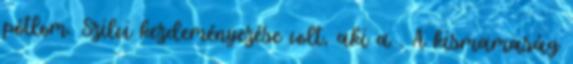
pótlom. Szilvi kezdeményezése volt, aki a . A kismamaság